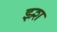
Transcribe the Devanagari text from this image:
झ्र्श